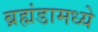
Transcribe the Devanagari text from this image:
ब्रह्मंडामध्ये